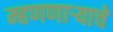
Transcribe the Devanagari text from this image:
म्हणणाऱ्याचे